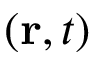
( \mathbf { r } , t )